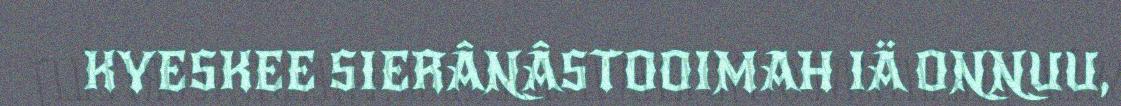
KYESKEE SIERÂNÂSTOOIMAH IÄ ONNUU,